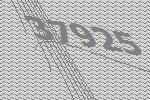
37925